Lunatic asylums United Provinces 1899-1908 - 1899-1908
Year: 1899
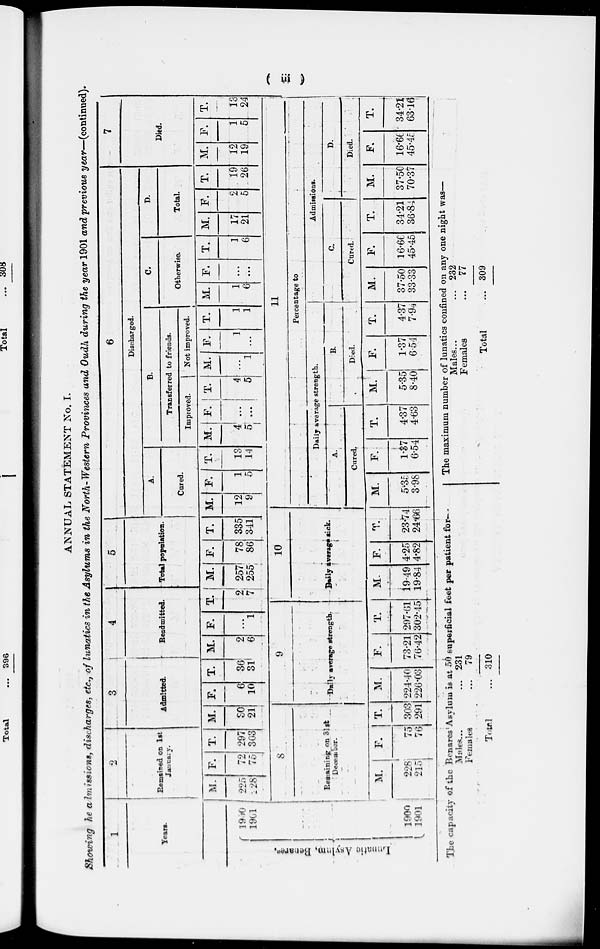
(
iii
)
ANNUAL STATEMENT No. I.
Showing the admissions, discharges, etc., of lunatics in the Asylums in the North-Western Provinces and Oudh during the year 1901 and previous year—(continued).
1
Years.
Lunatic
Asylum,
Benares.
1900
1901
1900
1901
2
Remained on 1st
January.
M.
225
228
F.
72
75
T.
297
303
3
Admitted.
M.
30
21
8
Remaining on 31st
December.
M.
228
215
F.
75
76
T.
303
291
F.
6
10
T.
36
31
4
Readmitted.
M.
2
6
F.
... 1
T.
2
7
9
Daily
average
strength.
M.
224.40
226.03
F.
73.21
76.42
T.
297.61
302.45
5
Total population.
M.
257
255
F.
78
86
T.
335
341
10
Daily average sick.
M.
19.49
19.84
F.
4.25
4.82
T.
23.74
24.66
6
Discharged.
A.
Cured.
M.
12
9
F.
1
5
T.
13
14
B.
Transferred to friends.
Improved.
M.
4
5
F.
...
...
T.
4
5
Not improved.
M.
...
1
F.
1
...
T.
1
1
C.
Otherwise.
M.
1
6
F.
...
...
T.
1
6
D.
Total.
M.
17
21
F.
2
5
T.
19
26
7
Died.
M.
12
19
F.
1
5
T.
13
24
11
Percentage to
Daily average strength.
A
Cured.
M.
5.35
3.98
F.
1.37
6.54
T.
4.37
4.63
B.
Died.
M.
5.35
8.40
F.
1.37
6.54
T.
4.37
7.94
Admissions.
C.
Cured.
M.
37.50
33.33
F.
16.66
45.45
T.
34.21
36.84
D.
Died.
M.
37.50
70.37
F.
16.66
45.45
T.
34.21
63.16
The capacity of the Benares Asylum is at 50 superficial feet per patient for—
Males... ...
Females ...
Total ...
231
79
310
The maximum number of lunatics confined on any one night was—
Males... ...
Females ...
Total ...
232
77
309